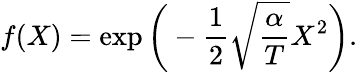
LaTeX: f(X)=\exp\bigg(-\frac{1}{2}\sqrt{\frac{\alpha}{T}}X^{2}\bigg).